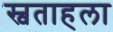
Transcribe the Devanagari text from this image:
स्वताहला